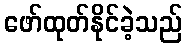
ဖော်ထုတ်နိုင်ခဲ့သည်